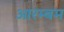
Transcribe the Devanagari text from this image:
आरम्बम